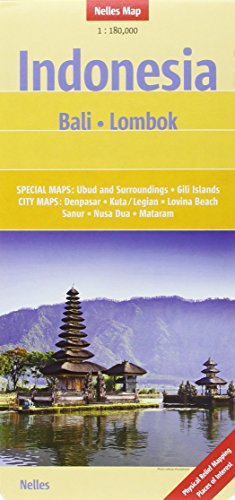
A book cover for Bali / Lombok (Indonesia) Nelles Road Map 1:180K (English, French and German Edition); Nelles Verlag GmbH; Travel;